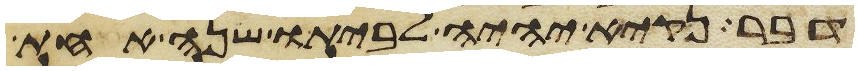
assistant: דבר נקיא יהיה לביתו שנה אחת